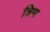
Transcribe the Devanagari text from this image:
त्रिम